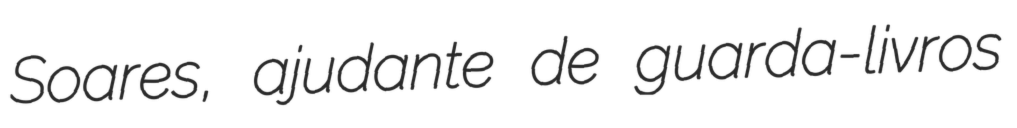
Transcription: Soares, ajudante de guarda-livros